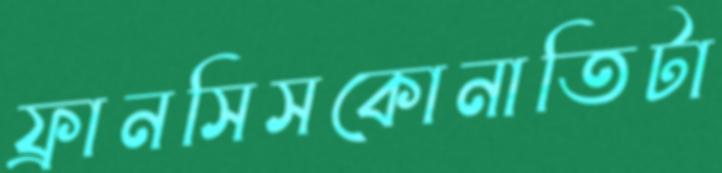
ফ্রানসিসকোনাতিটা